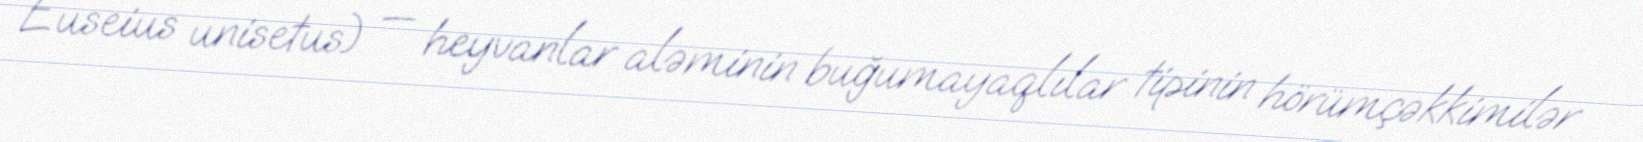
Euseius unisetus) — heyvanlar aləminin buğumayaqlılar tipinin hörümçəkkimilər